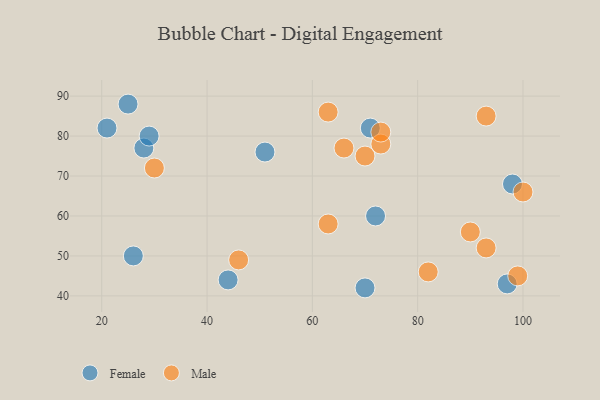
{"axis": {"x": "GDP", "y": "Life Expectancy"}, "legend": ["Female", "Male"], "data": [{"x": "28", "y": 77, "type": "Female"}, {"x": "29", "y": 80, "type": "Female"}, {"x": "97", "y": 43, "type": "Female"}, {"x": "70", "y": 42, "type": "Female"}, {"x": "25", "y": 88, "type": "Female"}, {"x": "71", "y": 82, "type": "Female"}, {"x": "72", "y": 60, "type": "Female"}, {"x": "51", "y": 76, "type": "Female"}, {"x": "98", "y": 68, "type": "Female"}, {"x": "21", "y": 82, "type": "Female"}, {"x": "26", "y": 50, "type": "Female"}, {"x": "44", "y": 44, "type": "Female"}, {"x": "46", "y": 49, "type": "Male"}, {"x": "70", "y": 75, "type": "Male"}, {"x": "82", "y": 46, "type": "Male"}, {"x": "63", "y": 86, "type": "Male"}, {"x": "90", "y": 56, "type": "Male"}, {"x": "93", "y": 52, "type": "Male"}, {"x": "66", "y": 77, "type": "Male"}, {"x": "73", "y": 78, "type": "Male"}, {"x": "93", "y": 85, "type": "Male"}, {"x": "30", "y": 72, "type": "Male"}, {"x": "100", "y": 66, "type": "Male"}, {"x": "73", "y": 81, "type": "Male"}, {"x": "99", "y": 45, "type": "Male"}, {"x": "63", "y": 58, "type": "Male"}]}